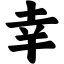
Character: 幸